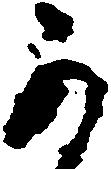
可